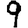
Digit: 9